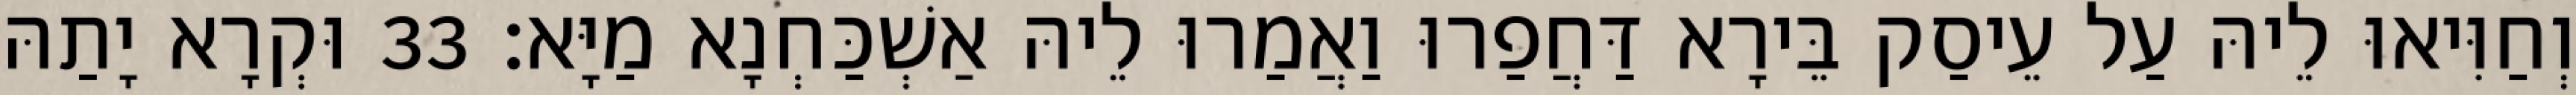
וְחַוִּיאוּ לֵיהּ עַל עֵיסַק בֵּירָא דַּחֲפַרוּ וַאֲמַרוּ לֵיהּ אַשְׁכַּחְנָא מַיָּא׃ 33 וּקְרָא יָתַהּ